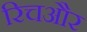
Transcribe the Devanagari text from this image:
रिचऔर